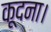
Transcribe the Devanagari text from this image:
कूदना।